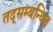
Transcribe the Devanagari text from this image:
तद्सम्बन्धित